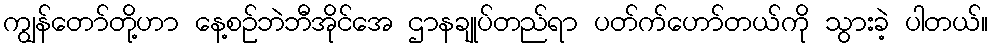
ကျွန်တော်တို့ဟာ နေ့စဉ်ဘဲဘီအိုင်အေ ဌာနချုပ်တည်ရာ ပတ်က်ဟော်တယ်ကို သွားခဲ့ ပါတယ်။